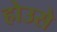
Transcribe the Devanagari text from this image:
होउसे